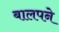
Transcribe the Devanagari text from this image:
बालपने